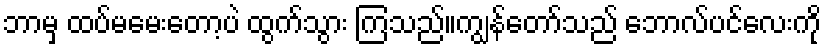
ဘာမှ ထပ်မမေးတော့ပဲ ထွက်သွား ကြသည်။ကျွန်တော်သည် ဘောလ်ပင်လေးကို